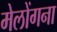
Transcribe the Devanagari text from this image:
मेलोंगना